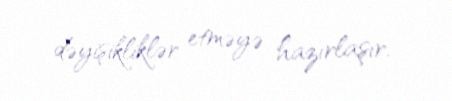
dəyişikliklər etməyə hazırlaşır.